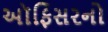
અૉફિસરનો